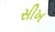
સીખ